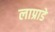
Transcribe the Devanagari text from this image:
लाप्राडे